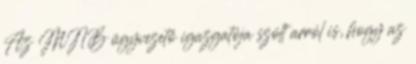
Az MNB ügyvezető igazgatója szólt arról is, hogy az